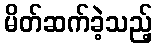
မိတ်ဆက်ခဲ့သည့်